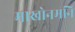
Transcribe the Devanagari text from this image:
माखोनमनि